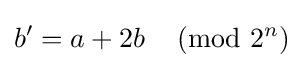
b'=a+2b\,{\pmod {2^{n}}}